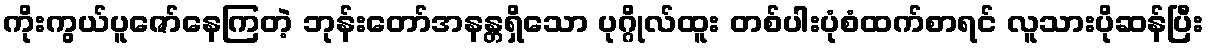
ကိုးကွယ်ပူဇော်နေကြတဲ့ ဘုန်းတော်အနန္တရှိသော ပုဂ္ဂိုလ်ထူး တစ်ပါးပုံစံထက်စာရင် လူသားပိုဆန်ပြီး